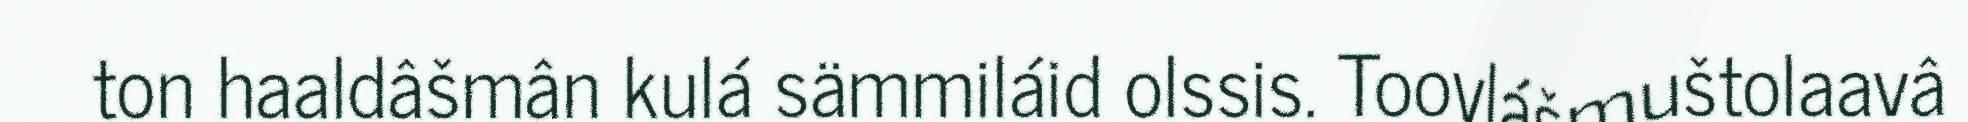
ton haaldâšmân kulá sämmiláid olssis. Toovlášmuštolaavâ